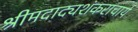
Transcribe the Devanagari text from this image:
श्रीमदाद्यशंकराचार्य